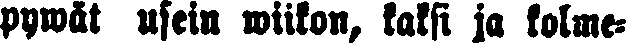
pywät usein wiikon, kaksi ja kolme-